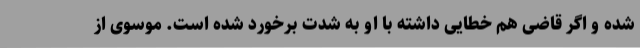
شده و اگر قاضی هم خطایی داشته با او به شدت برخورد شده است. موسوی از